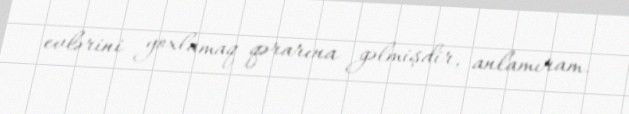
evlərini yoxlamaq qərarına gəlmişdir, anlamıram.